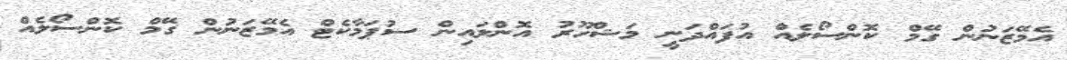
އެމޭޒަނުން ގޭމް ކޮންސޯލެއް އުފައްދަނީ މަޝްހޫރު އޮންލައިން ސުޕަމާކެޓް އެމޭޒަނުން ގޭމް ކޮންސޯލެއް